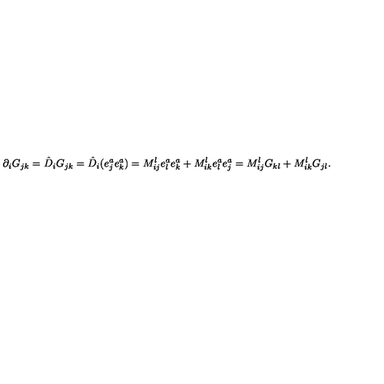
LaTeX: \partial _ { i } G _ { j k } = \hat { D } _ { i } G _ { j k } = \hat { D } _ { i } ( e _ { j } ^ { a } e _ { k } ^ { a } ) = M _ { i j } ^ { l } e _ { l } ^ { a } e _ { k } ^ { a } + M _ { i k } ^ { l } e _ { l } ^ { a } e _ { j } ^ { a } = M _ { i j } ^ { l } G _ { k l } + M _ { i k } ^ { l } G _ { j l } .